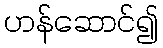
ဟန်ဆောင်၍